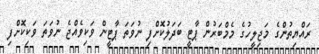
ރައްޔިތުންގެ މަޖިލީހުގެ މެމްބަރުން ޕާޓީ ބަދަލުކޮށްފި ނުވަތަ ޕާޓީން ވަކިވެއްޖެ ނުވަތަ ވަކިކޮށްފި